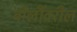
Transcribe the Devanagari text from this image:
बोलींवरील